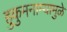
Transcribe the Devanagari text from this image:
हुकुमनाम्यामुळे